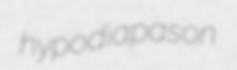
hypodiapason